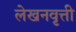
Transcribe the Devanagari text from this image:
लेखनवृत्ती